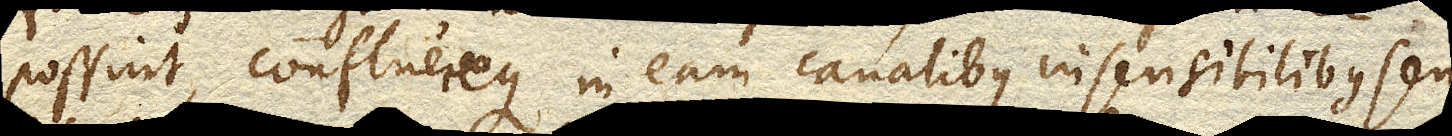
possint, confluereque in eam canalibus insensibilibus seu